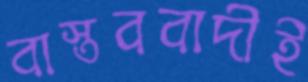
বাস্তববাদীই